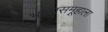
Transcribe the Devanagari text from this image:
भाषासमूहाला